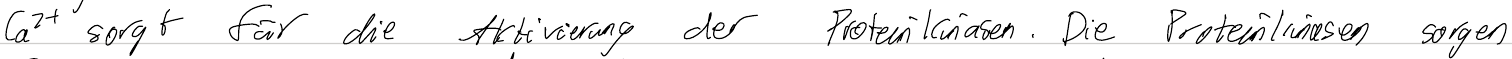
Ca2+ sorgt für die Aktivierung der Proteinkinasen. Die Proteinkinasen sorgen